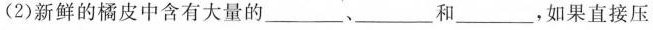
(2)新鲜的橘皮中含有大量的___、___和___，如果直接压